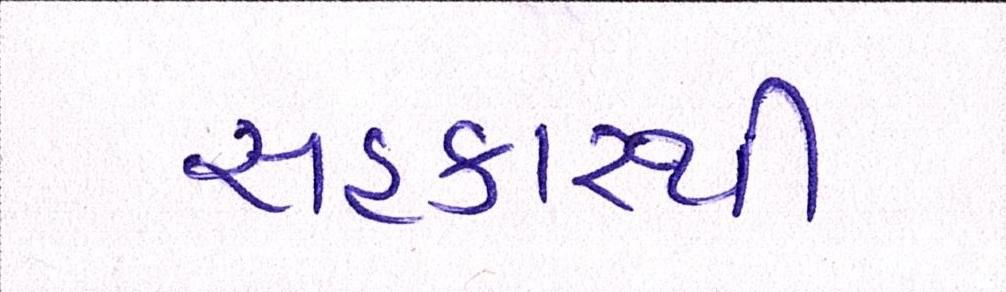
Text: સહકારથી